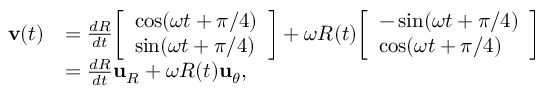
{ \begin{array} { r l } { \mathbf { v } ( t ) } & { = { \frac { d R } { d t } } { \left[ \begin{array} { l } { \cos ( \omega t + \pi / 4 ) } \\ { \sin ( \omega t + \pi / 4 ) } \end{array} \right] } + \omega R ( t ) { \left[ \begin{array} { l } { - \sin ( \omega t + \pi / 4 ) } \\ { \cos ( \omega t + \pi / 4 ) } \end{array} \right] } } \\ & { = { \frac { d R } { d t } } \mathbf { u } _ { R } + \omega R ( t ) \mathbf { u } _ { \theta } , } \end{array} }